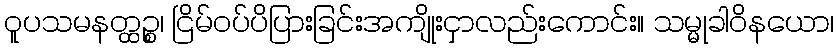
ဝူပသမနတ္ထဉ္စ၊ ငြိမ်ဝပ်ပိပြားခြင်းအကျိုးငှာလည်းကောင်း။ သမ္မုခါဝိနယော၊